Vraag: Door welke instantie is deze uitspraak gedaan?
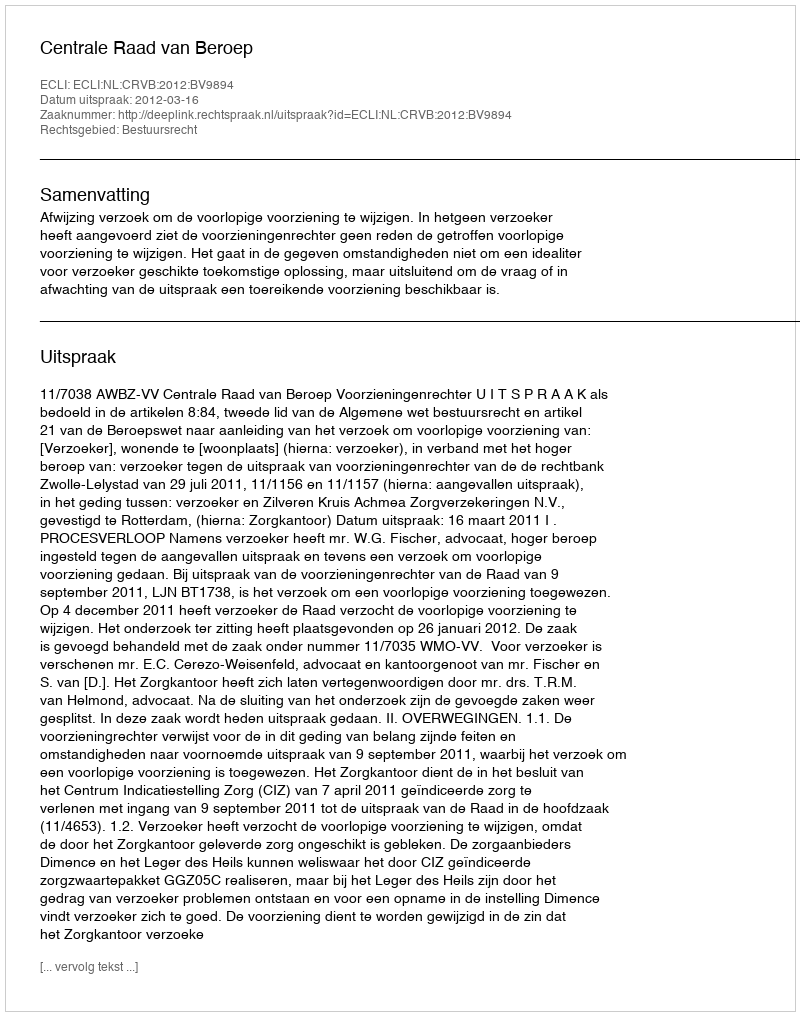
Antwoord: Centrale Raad van Beroep